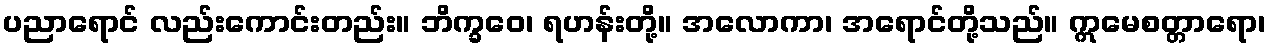
ပညာရောင် လည်းကောင်းတည်း။ ဘိက္ခဝေ၊ ရဟန်းတို့။ အလောကာ၊ အရောင်တို့သည်။ ဣမေစတ္တာရော၊